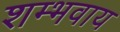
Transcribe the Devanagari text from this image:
शम्भवाय